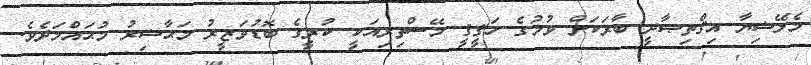
މެލޭޝިޔާ އިޤްތިޞާދީ ބާރަކަށް ވުމުގެ ހަޤީޤީ މޭސްތިރިއަކީ ކުރީގެ ބޮޑުވަޒީރު މަޙާޟިރު މުޙައްމަދެވެ.